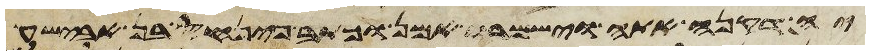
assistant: יהוה אל משה לאמר פינחס בן אלעזר